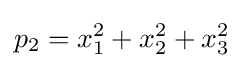
p_{2}=x_{1}^{2}+x_{2}^{2}+x_{3}^{2}